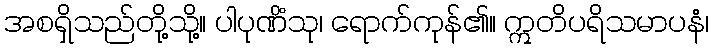
အစရှိသည်တို့သို့။ ပါပုဏိံသု၊ ရောက်ကုန်၏။ ဣတိပရိသမာပနံ၊